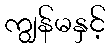
ကျွန်မနှင့်